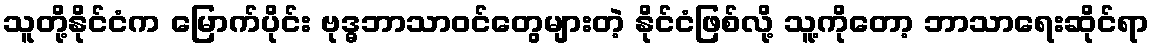
သူတို့နိုင်ငံက မြောက်ပိုင်း ဗုဒ္ဓဘာသာဝင်တွေများတဲ့ နိုင်ငံဖြစ်လို့ သူ့ကိုတော့ ဘာသာရေးဆိုင်ရာ